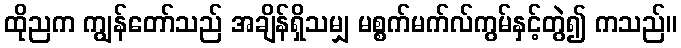
ထိုညက ကျွန်တော်သည် အချိန်ရှိသမျှ မစ္စက်မက်လ်ကွမ်နှင့်တွဲ၍ ကသည်။